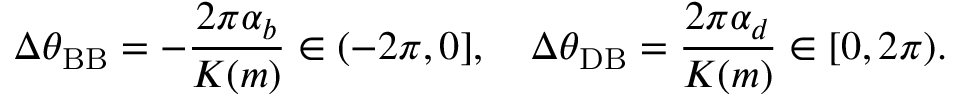
\Delta \theta _ { \mathrm { B B } } = - \frac { 2 \pi \alpha _ { b } } { K ( m ) } \in ( - 2 \pi , 0 ] , \quad \Delta \theta _ { \mathrm { D B } } = \frac { 2 \pi \alpha _ { d } } { K ( m ) } \in [ 0 , 2 \pi ) .